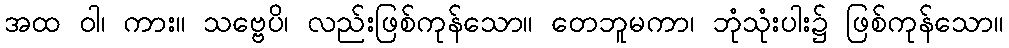
အထ ဝါ၊ ကား။ သဗ္ဗေပိ၊ လည်းဖြစ်ကုန်သော။ တေဘူမကာ၊ ဘုံသုံးပါး၌ ဖြစ်ကုန်သော။